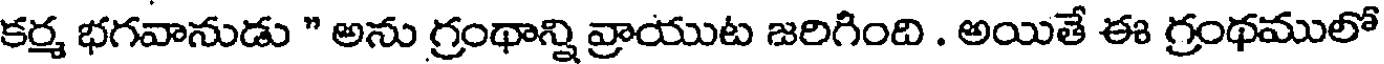
కర్మ భగవానుడు " అను గ్రంథాన్ని వ్రాయుట జరిగింది . అయితే ఈ గ్రంథములో